Indian journal of veterinary science and animal husbandry - Volume 7,
Year: 1937
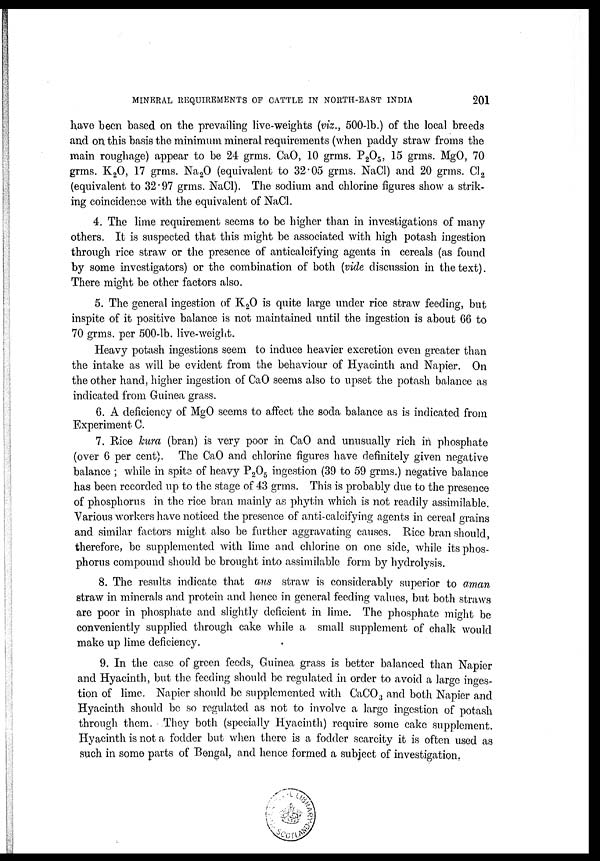
MINERAL REQUIREMENTS OF CATTLE IN NORTH-EAST INDIA
201
have been based on the prevailing live-weights (viz., 500-lb.) of the local breeds
and on this basis the minimum mineral requirements (when paddy straw froms the
main roughage) appear to be 24 grms. CaO, 10 grms. P2O5, 15 grms. MgO, 70
grms. K 2 O, 17 grms. Na 2 O (equivalent to 32.05 grms. NaCl) and 20 grms. Cl 2
(equivalent to 32.97 grms. NaCl). The sodium and chlorine figures show a strik-
ing coincidence with the equivalent of NaCl.
4. The lime requirement seems to be higher than in investigations of many
others. It is suspected that this might be associated with high potash ingestion
through rice straw or the presence of anticalcifying agents in cereals (as found
by some investigators) or the combination of both (vide discussion in the text).
There might be other factors also.
5. The general ingestion of K 2 O is quite large under rice straw feeding, but
inspite of it positive balance is not maintained until the ingestion is about 66 to
70 grms. per 500-lb. live-weight.
Heavy potash ingestions seem to induce heavier excretion even greater than
the intake as will be evident from the behaviour of Hyacinth and Napier. On
the other hand, higher ingestion of CaO seems also to upset the potash balance as
indicated from Guinea grass.
6. A deficiency of MgO seems to affect the soda balance as is indicated from
Experiment C.
7. Rice kura (bran) is very poor in CaO and unusually rich in phosphate
(over 6 per cent). The CaO and chlorine figures have definitely given negative
balance ; while in spite of heavy P2O5 ingestion (39 to 59 grms.) negative balance
has been recorded up to the stage of 43 grms. This is probably due to the presence
of phosphorus in the rice bran mainly as phytin which is not readily assimilable.
Various workers have noticed the presence of anti-calcifying agents in cereal grains
and similar factors might also be further aggravating causes. Rice bran should,
therefore, be supplemented with lime and chlorine on one side, while its phos-
phorus compound should be brought into assimilable form by hydrolysis.
8. The results indicate that aus straw is considerably superior to aman
straw in minerals and protein and hence in general feeding values, but both straws
are poor in phosphate and slightly deficient in lime. The phosphate might be
conveniently supplied through cake while a small supplement of chalk would
make up lime deficiency.
9. In the case of green feeds, Guinea grass is better balanced than Napier
and Hyacinth, but the feeding should be regulated in order to avoid a large inges-
tion of lime. Napier should be supplemented with CaCO 3 and both Napier and
Hyacinth should be so regulated as not to involve a large ingestion of potash
through them. They both (specially Hyacinth) require some cake supplement.
Hyacinth is not a fodder but when there is a fodder scarcity it is often used as
such in some parts of Bengal, and hence formed a subject of investigation.